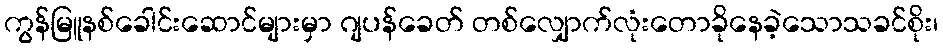
ကွန်မြူနစ်ခေါင်းဆောင်များမှာ ဂျပန်ခေတ် တစ်လျှောက်လုံးတောခိုနေခဲ့သောသခင်စိုး၊